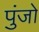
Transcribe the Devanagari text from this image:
पुंजो